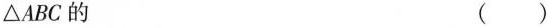
△ABC的 ()